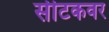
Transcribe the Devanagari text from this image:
सीटकवर